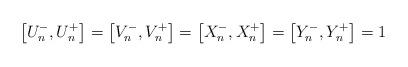
LaTeX: \begin{align*}\left[ U_{n}^{-},U_{n}^{+}\right] =\left[ V_{n}^{-},V_{n}^{+}\right]=\left[ X_{n}^{-},X_{n}^{+}\right] =\left[ Y_{n}^{-},Y_{n}^{+}\right] =1\end{align*}